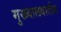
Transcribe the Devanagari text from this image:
मुख्यालयातील